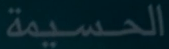
الحسيمة